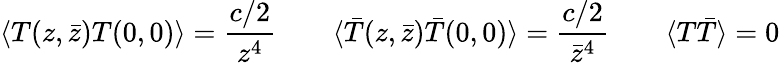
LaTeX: \langle T(z,\bar{z})T(0,0)\rangle=\frac{c/2}{z^{4}}\qquad\langle\bar{T}(z,\bar{z})\bar{T}(0,0)\rangle=\frac{c/2}{\bar{z}^{4}}\qquad\langle T\bar{T}\rangle=0